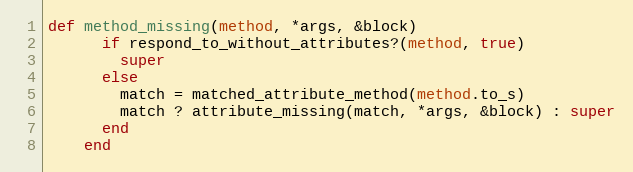
Language: Ruby
def method_missing(method, *args, &block)
      if respond_to_without_attributes?(method, true)
        super
      else
        match = matched_attribute_method(method.to_s)
        match ? attribute_missing(match, *args, &block) : super
      end
    end